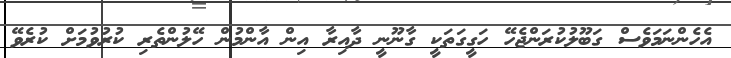
އެހެންނަމަވެސް ގަބޫލުކުރަންޖެހޭ ހަގީގަތަކީ ގާނޫނީ ދާއިރާ އިން އާންމުން ހޭލުންތެރި ކުރުވުމަށް ކުރެވޭ